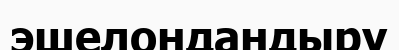
эшелондандыру